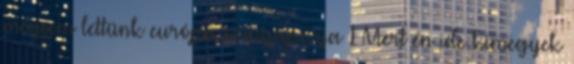
mégsem lettünk európa szingapúrja 1 Mert én ide kimegyek